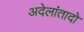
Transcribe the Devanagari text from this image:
अदेलांतादो